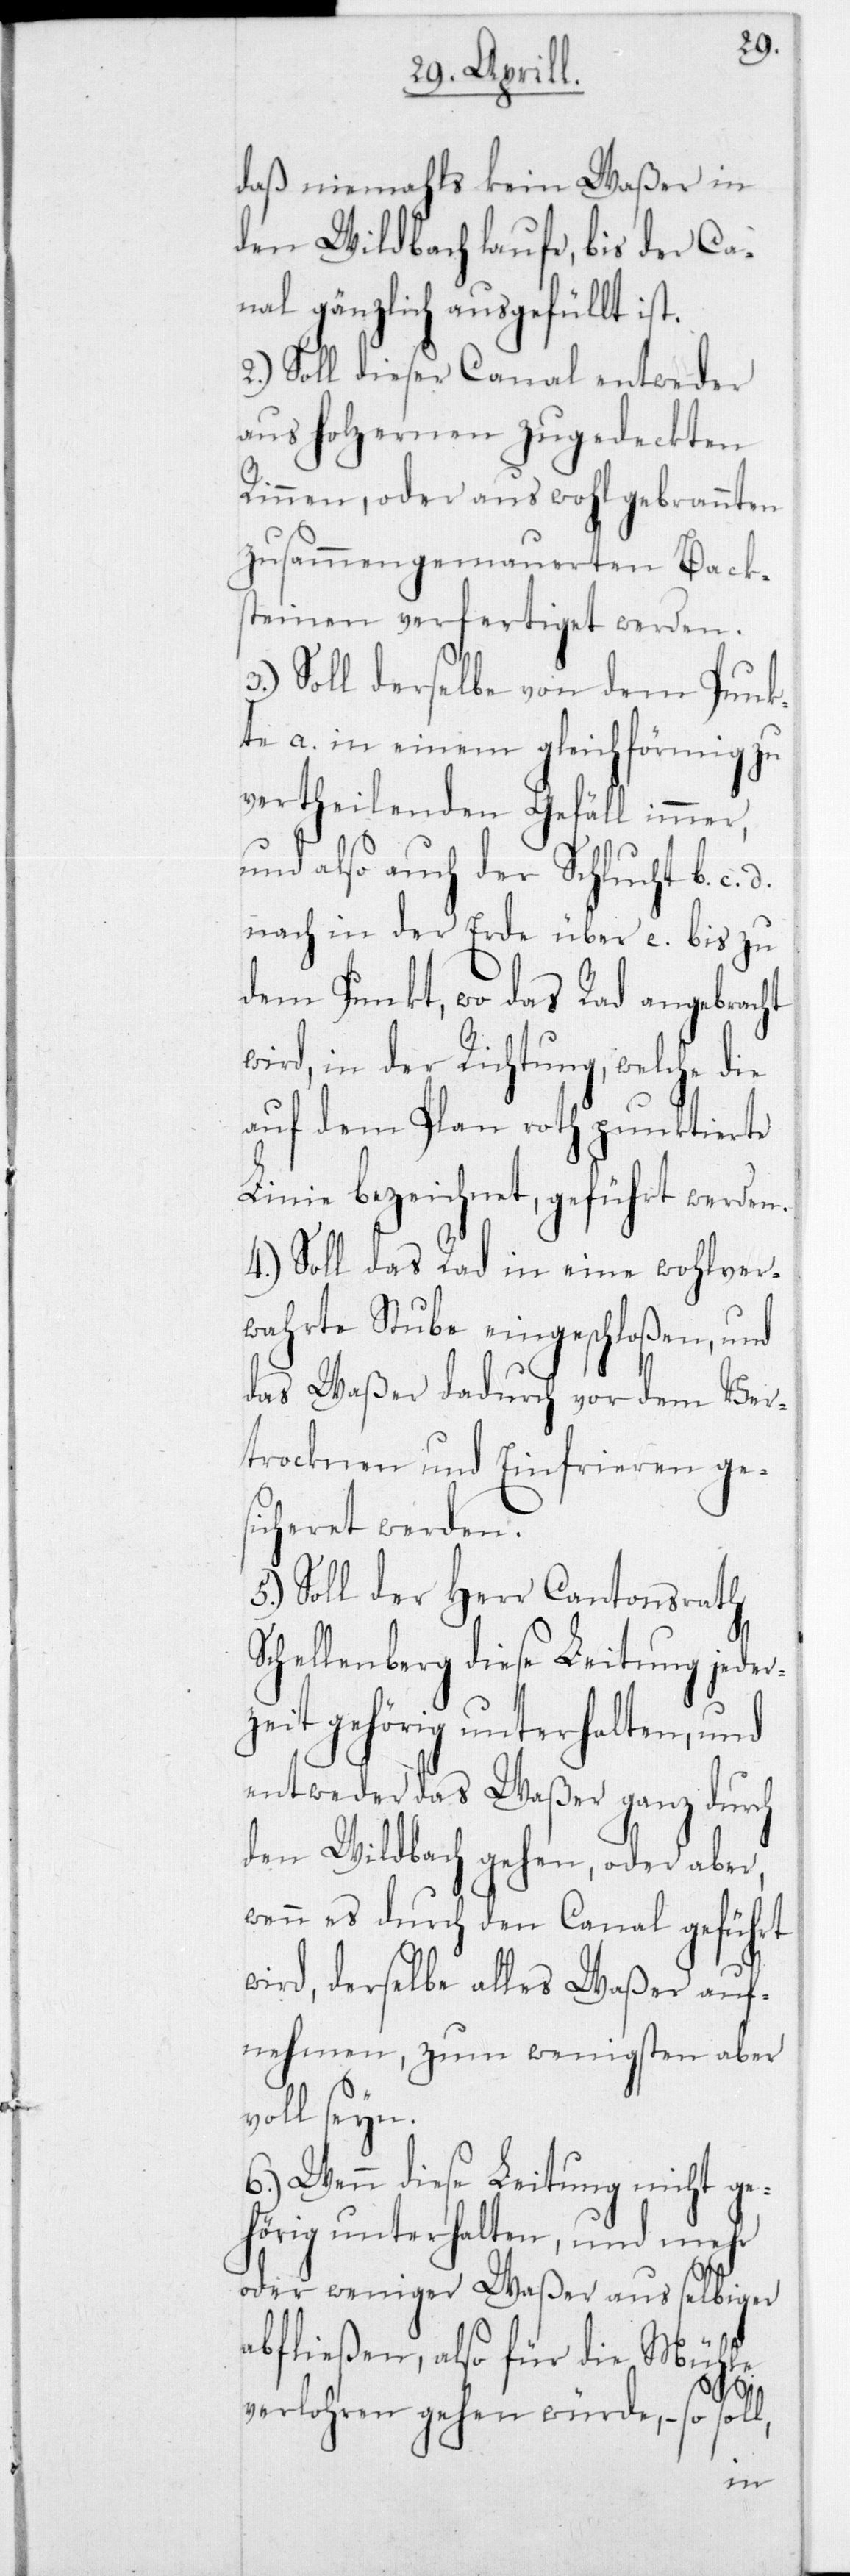
daß niemahls kein Waßer in
den Wildbach laufe, bis der Ca¬
nal gänzlich ausgefüllt ist.
2.) Soll dieser Canal entweder
aus holzernen zugedeckten
Rinnen, oder aus wohlgebrannten
zusammengemauerten Back¬
steinen verfertiget werden.
Soll derselbe von dem Punk¬
te a. in einem gleichförmig zu
vertheilenden Gefäll immer,
und also auch der Schlucht b. c.
nach in der Erde über e. bis zu
dem Punkt, wo das Rad angebracht
wird, in der Richtung, welche die
auf dem Plan roth punktierte
Linie bezeichnet, geführt werden.
4.) Soll das Rad in eine wohlver¬
wahrte Stube eingeschloßen, und
das Waßer dadurch vor dem Ver¬
trocknen und Einfrieren ges¬
icheret werden.
5.) Soll der Herr Cantonsrath
Schellenberg diese Leitung jeder¬
zeit gehörig unterhalten, und
entweder das Waßer ganz durch
den Wildbach gehen, oder aber,
wenn es durch den Canal geführt
wird, derselbe alles Waßer auf¬
nehmen, zum wenigsten aber
voll seyn.
6.) Wenn diese Leitung nicht ge¬
hörig unterhalten, und mehr
oder weniger Waßer aus selbiger
abfließen, also für die Mühle
verlohren gehen würde, so sol¬
l,